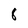
Character: 8